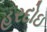
હરદોઇ